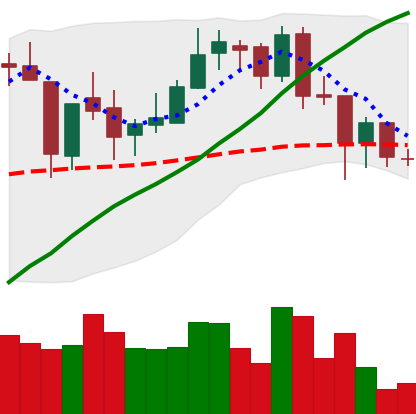
Ticker: BNB-USD
Chart end date: 2018-06-27
Forward return: 3.705%
Label: up_3_5